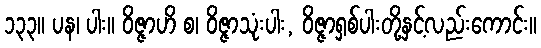
၁၃၃။ ပန၊ ပါး။ ဝိဇ္ဇာဟိ စ၊ ဝိဇ္ဇာသုံးပါး, ဝိဇ္ဇာရှစ်ပါးတို့နှင့်လည်းကောင်း။